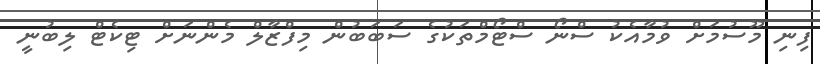
ފިނި މޫސުމަށް ވުމާއެކު ސްނޯ ސްޓޯމްތަކުގެ ސަބަބުން މިފްޒާލް މެންނަށް ޓިކެޓް ލިބުނީ